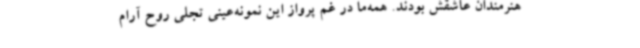
هنرمندان عاشقش بودند. همه‌ما در غم پرواز این نمونه‌عینی تجلی روح آرام